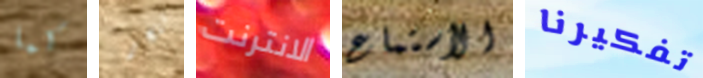
كما تنجز الانترنت الأستماع تفكيرنا